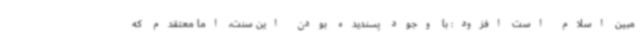
مبین اسلام است افزود: با وجود پسندیده بودن این سنت، اما معتقدم که